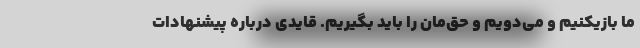
ما بازیکنیم و می‌دویم و حق‌مان را باید بگیریم. قایدی درباره پیشنهادات